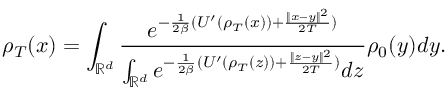
\rho _ { T } ( x ) = \int _ { \mathbb { R } ^ { d } } \frac { e ^ { - \frac { 1 } { 2 \beta } ( U ^ { \prime } ( \rho _ { T } ( x ) ) + \frac { \| x - y \| ^ { 2 } } { 2 T } ) } } { \int _ { \mathbb { R } ^ { d } } e ^ { - \frac { 1 } { 2 \beta } ( U ^ { \prime } ( \rho _ { T } ( z ) ) + \frac { \| z - y \| ^ { 2 } } { 2 T } ) } d z } \rho _ { 0 } ( y ) d y .